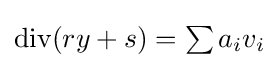
{\textstyle {\text{div}}(ry+s)=\sum a_{i}v_{i}}